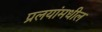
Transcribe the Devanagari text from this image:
प्रलयांमधील